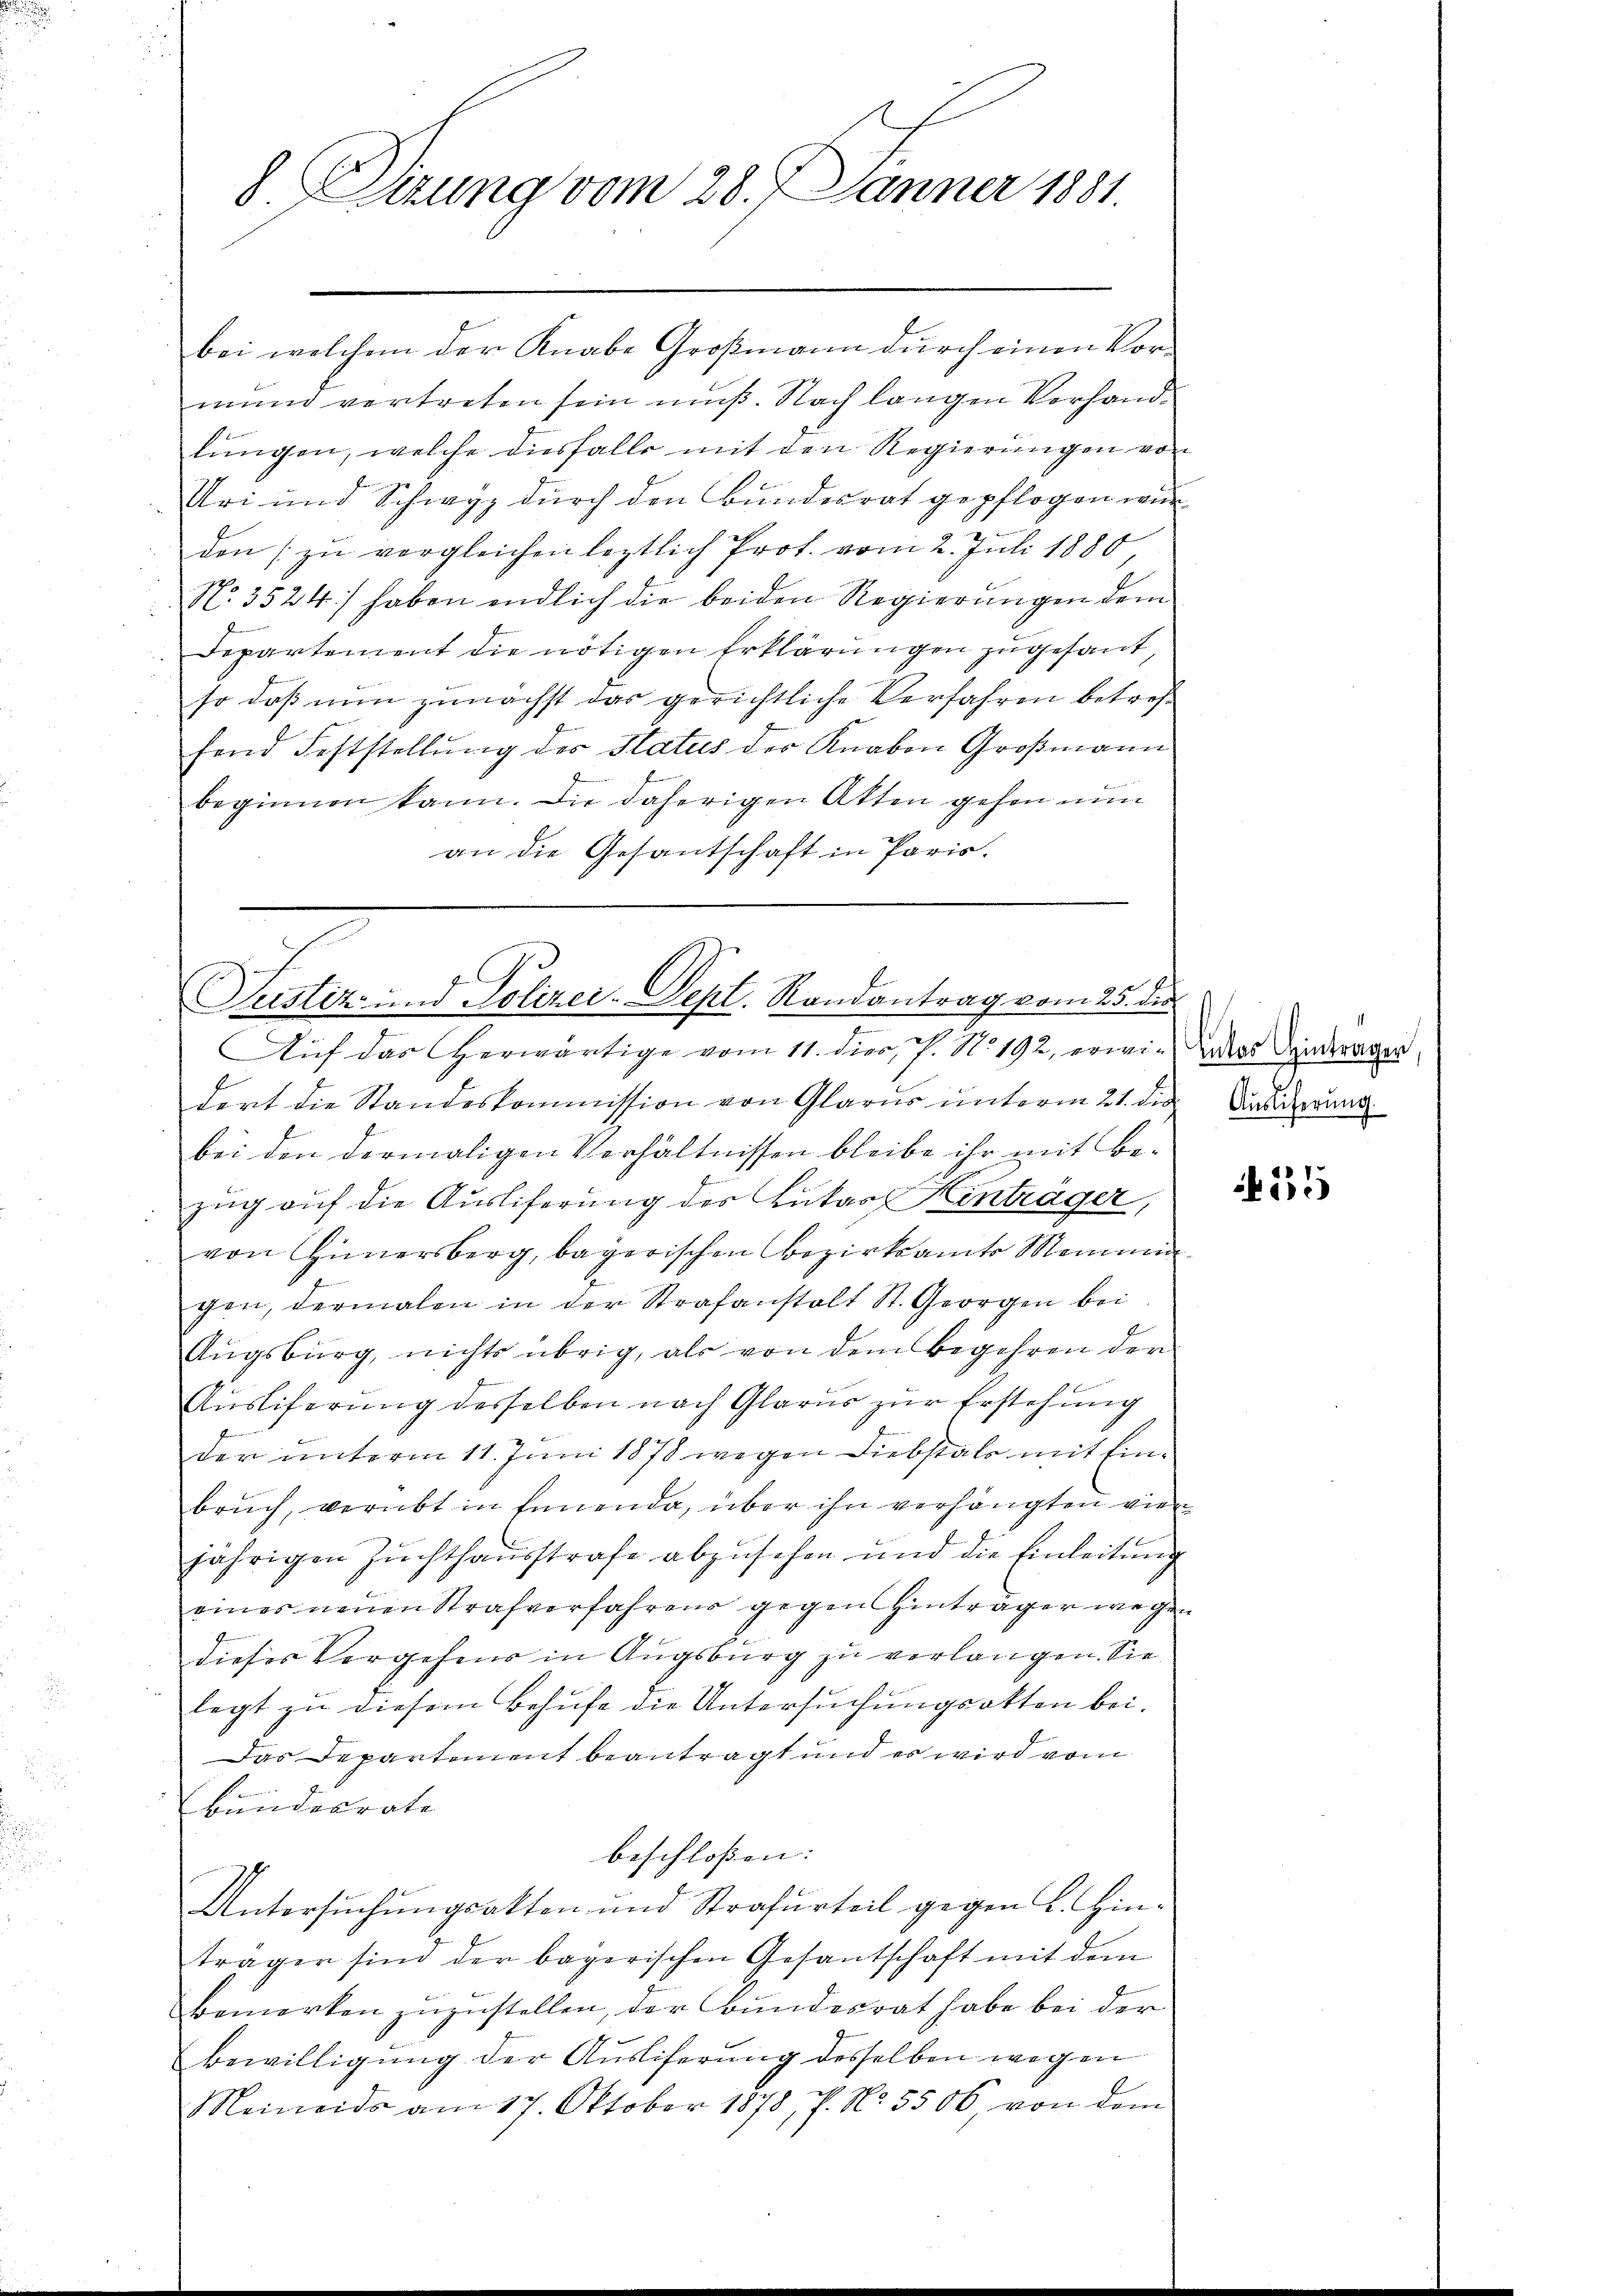
8 Sirung vom 28. Jänner 1881.

bei welchem der Knabe Großmann durch einen Vormund vertreten sein muß. Nach langen Verhandlungen, welche diesfalls mit den Regierungen von
Uri und Schwyz durch den Bundesrat gepflogen würden zu vergleichen leztlich Prot. vom 2. Juli 1880,
No. 3524/ haben endlich die beiden Regierungen dem
Departement die nötigen Erklärungen zugesant,
so daß nun zunächst das gerichtliche Verfahren betref
hend Feststellung des Status der Knaben Großmann
beginnen kann. Die daherigen Atten gehen nun
an die Gesantschaft in Paris.

Justiz- und Polizei-Dept. Randantrag vom 25. die
Auf das herwärtige vom 11. dies, P. N. 192, erwieses deindrager

dert die Standeskommission von Glarus unterm 21. die Anderung
bei den dermaligen Verhältnissen bleibe ihr mit Bezug auf die Ausliferung des Kutas Einträger,
von Himmersberg, bayerischen Bezirksamt Meinig
gen, dermalen in der Strafanstalt St. Georgen bei
Augsburg, nichts übrig, als von dem Begehren der
Ausliferung desselben nach Glarus zur Erstehung
der unterm 11. Juni 1878 wegen Diebstals mit Einbruch, verübt in Ennenda, über ihn verhängten viejährigen Zuchthausstrafe abzusehen und die Einleitung
eines neuen Strafverfahrens gegen Einträger wegen
dieses Vergehens in Augsburg zu verlangen. Sie
legt zu diesem Behufe die Untersuchungsakten bei.
Das Departement beantragt und es wird vom
bundesrate
beschlossen:
Untersuchungsakten und Strafurteil gegen L. Hinträger sind der bayerischen Gesantschaft mit dem
Bemerken zuzustellen, der Bundesrat habe bei der
Bewilligung der Ausliferung desselben wegen
Meineids am 17. Oktober 1878, P. Nr. 5500, von dem

55